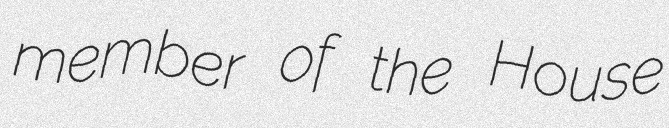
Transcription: member of the House